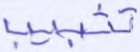
تتبيب